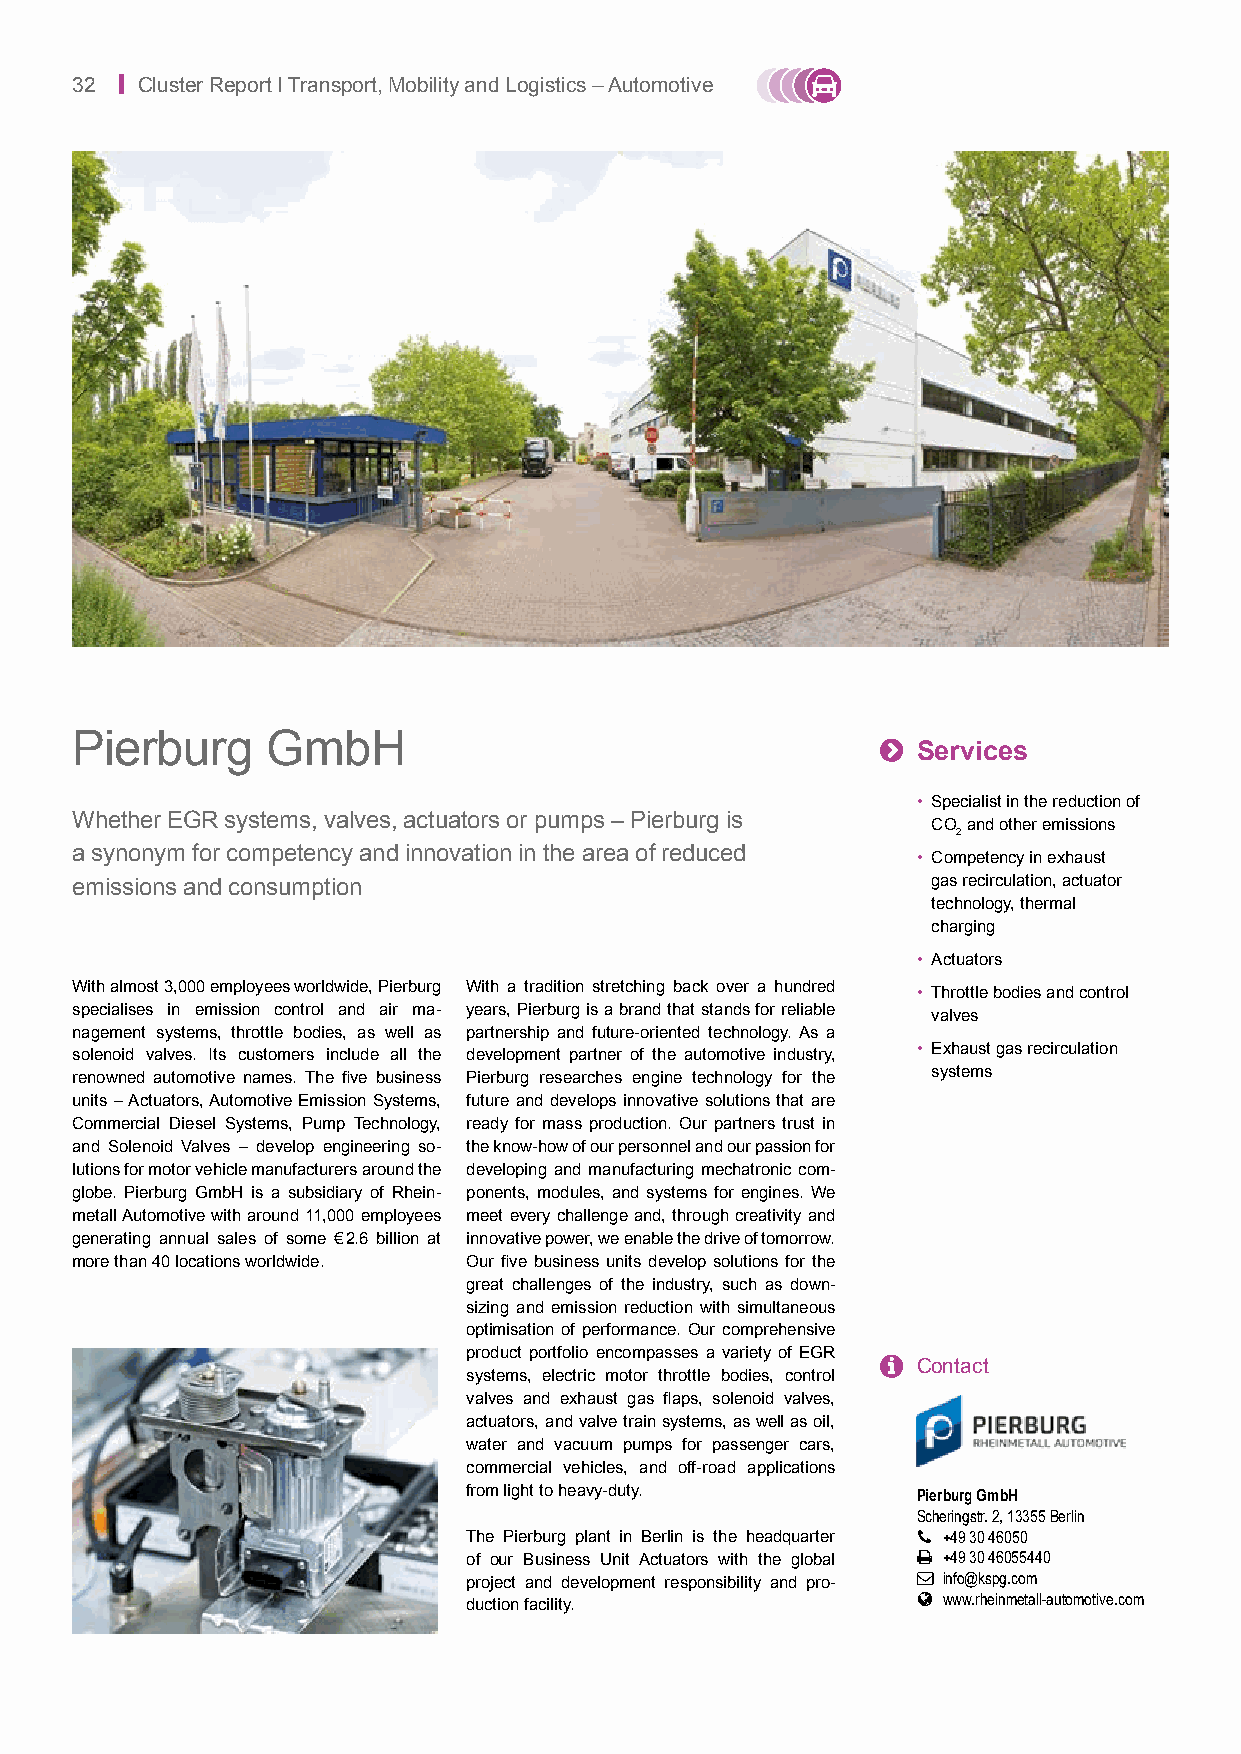
32 | Cluster Report I Transport, Mobility and Logistics – Automotive
 Pierburg     GmbH                                    
 Services
 • Specialist in the reduction of
 Whether EGR systems, valves, actuators or pumps – Pierburg is
 CO and other emissions
 2
 a synonym for competency and innovation in the area of reduced
 • Competency in exhaust
 emissions and consumption                                gas recirculation, actuator
 technology, thermal
 charging
 • Actuators
 With almost 3,000 employees worldwide, Pierburg With a tradition stretching back over a hundred
 • Throttle bodies and control
 specialises in emission control and air ma- years, Pierburg is a brand that stands for reliable
 valves
 nagement systems, throttle bodies, as well as partnership and future-oriented technology. As a
 solenoid valves. Its customers include all the development partner of the automotive industry, • Exhaust gas recirculation
 renowned automotive names. The five business Pierburg researches engine technology for the systems
 units – Actuators, Automotive Emission Systems, future and develops innovative solutions that are
 Commercial Diesel Systems, Pump Technology, ready for mass production. Our partners trust in
 and Solenoid Valves – develop engineering so- the know-how of our personnel and our passion for
 lutions for motor vehicle manufacturers around the developing and manufacturing mechatronic com-
 globe. Pierburg GmbH is a subsidiary of Rhein- ponents, modules, and systems for engines. We
 metall Automotive with around 11,000 employees meet every challenge and, through creativity and
 generating annual sales of some € 2.6 billion at innovative power, we enable the drive of tomorrow.
 more than 40 locations worldwide. Our five business units develop solutions for the
 great challenges of the industry, such as down-
 sizing and emission reduction with simultaneous
 optimisation of performance. Our comprehensive
 product portfolio encompasses a variety of EGR  Contact
 systems, electric motor throttle bodies, control
 valves and exhaust gas flaps, solenoid valves,
 actuators, and valve train systems, as well as oil,
 water and vacuum pumps for passenger cars,
 commercial vehicles, and off-road applications
 from light to heavy-duty.     Pierburg GmbH
 Scheringstr. 2, 13355 Berlin
 The Pierburg plant in Berlin is the headquarter  +49 30 46050
 of our Business Unit Actuators with the global  +49 30 46055440
 project and development responsibility and pro-  info@kspg.com
  www.rheinmetall-automotive.com
 duction facility.